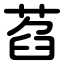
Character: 萏